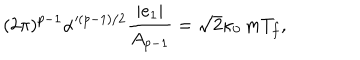
LaTeX: ( 2 \pi ) ^ { p - 1 } \alpha ^ { ( p - 1 ) / 2 } \frac { | e _ { 1 } | } { A _ { p - 1 } } = \sqrt { 2 } \kappa _ { 0 } \, m T _ { f } ,